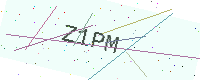
Text: Z1PM